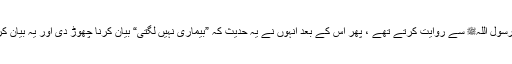
ابو سلمہ نے کہا کہ سیدنا ابو ہریرہؓ ان دونوں حدیثوں کو رسول اللہﷺ سے روایت کرتے تھے ، پھر اس کے بعد انہوں نے یہ حدیث کہ ”بیماری نہیں لگتی“ بیان کرنا چھوڑ دی اور یہ بیان کرتے رہے کہ بیمار اونٹ تندرست اونٹ پر نہ لایا جائے۔